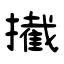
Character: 擮